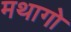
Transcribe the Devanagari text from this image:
मथागो